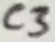
Text: C3